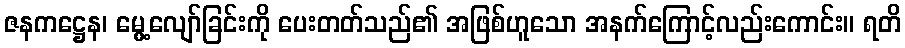
ဇနကဋ္ဌေန၊ မွေ့လျော်ခြင်းကို ပေးတတ်သည်၏ အဖြစ်ဟူသော အနက်ကြောင့်လည်းကောင်း။ ရတိ